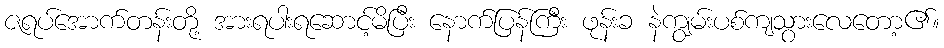
ဇရပ်အောက်တန်းတို့ အားရပါးရဆောင့်မိပြီး နောက်ပြန်ကြီး ဖုန်းခ နဲကျွမ်းပစ်ကျသွားလေတော့၏။